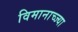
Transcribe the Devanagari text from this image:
विमानाच्ज्या